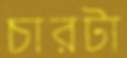
চারটা